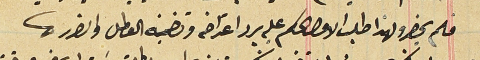
فلم يحضر ولهذا طلب الاول الحكم عليه برد اعتراضه وتضمينه العطل والضرر